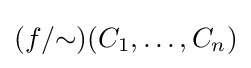
(f/{\sim })(C_{1},\dots ,C_{n})